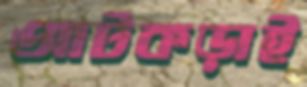
আটকড়াই